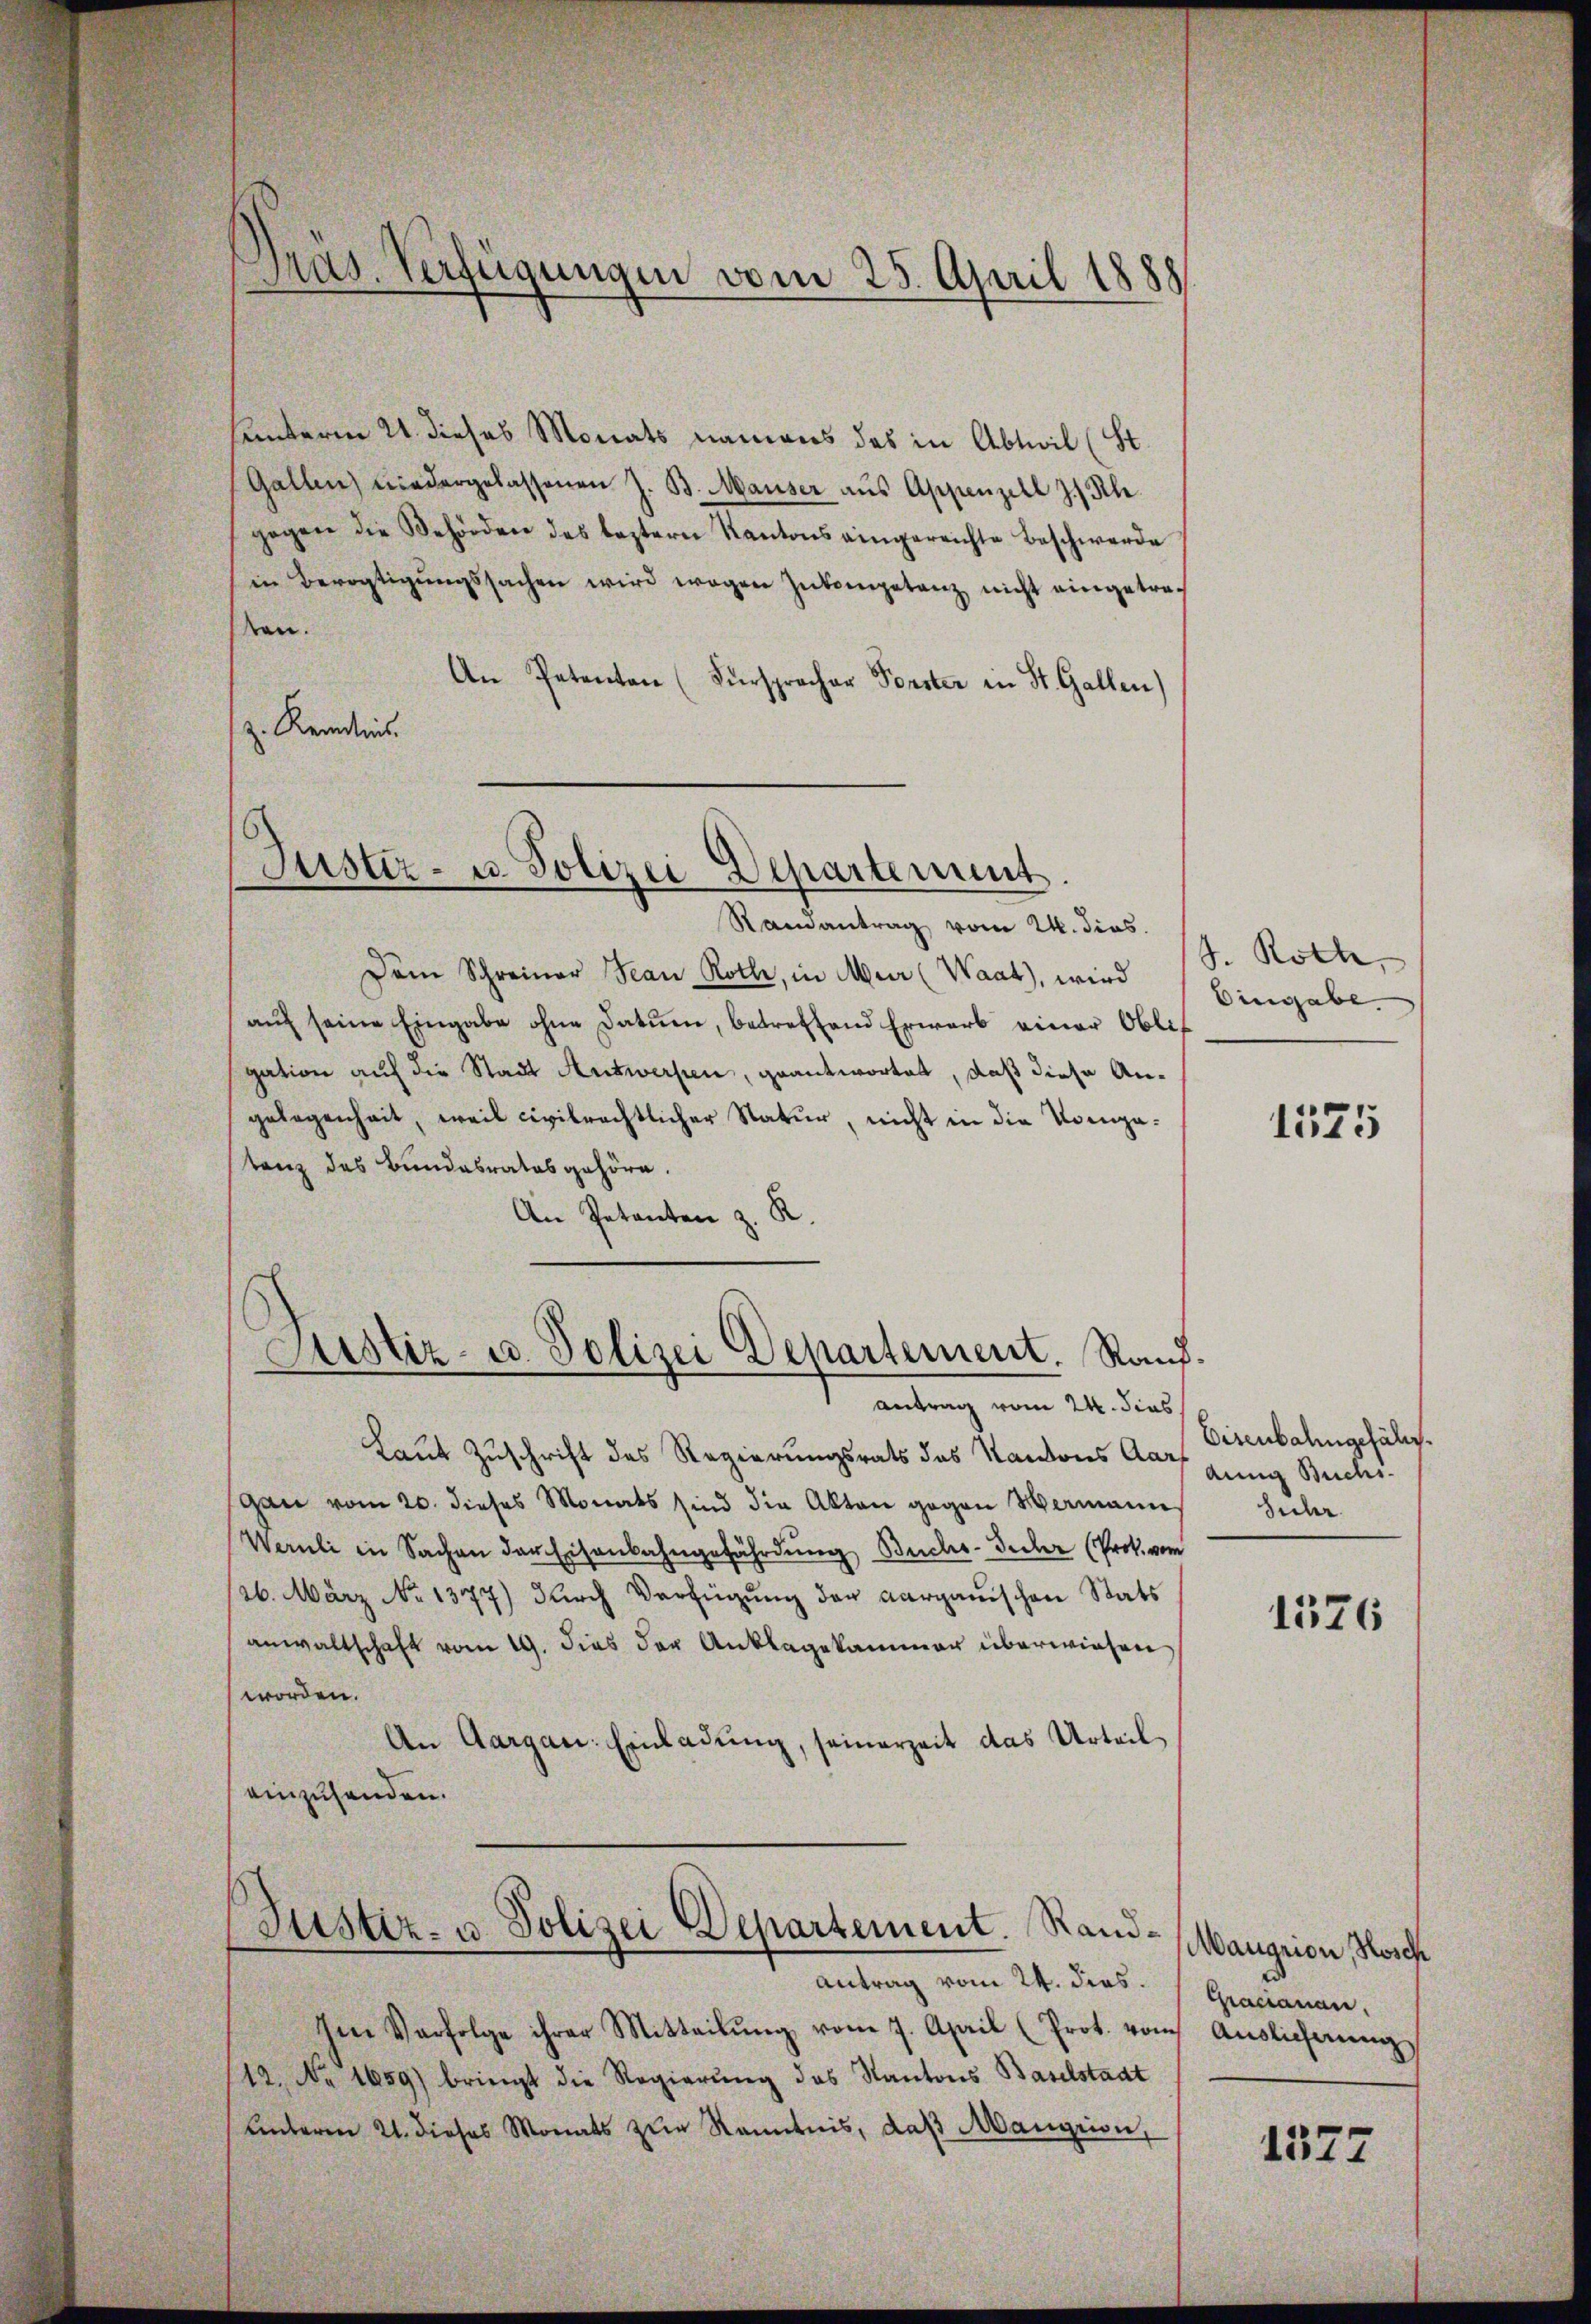
Präs. Verfügungen vom 25. April 1888
.

hunteren u. dieses Monats namens des in Abteil (St.
Gallen niedergelassenen Z. B. Mauser aŭs Appenzell z. Rh.
gegen die Behörden des leztern Kantons eingereichte Beschwerde
in Bevogtigŭngssachen wird wegen Inkompetenz nicht eingetrasen.
An Petenten (Fürspracher Forster in St. Gallen)
z. Kenntnis.

Jüster- u. Polizei Departement.
Randantrag vom 24. dies

Dem Schreiner Jean Roth, in Mur (Waat), wird
aŭf seine Eingabe ohne Datum, betreffend Erwarb einer Obligation auf die Stadt Antwerfen, geantwortet, daß diese Angelegenheit, weil civilrechtlicher Natur, nicht in die Kompatanz des Bundesrates gehöre.
.
An Petenten z.

Justiz- u. Polizei Departement. Randantrag vom 24. dies

(Justiz- u. Polizei Departement. Rand¬
Antrag vom 24. dies.

Laut Zuschrift des Regierungsrats des Kantons Aar
Gan vom 20. dieses Monats sind die Akten gegen Wermann
Wernli in Sachen der Eisenbahngefährdung Buchs-Fedler (Prok. vom
/26. März No 1377) dŭrch Verfügŭng der Aargauischen Stats
anwaltschaft vom 19. dies der Anklagekammer überwiesen
worden.
An Aargau: Einladung, seinerzeit das Urteil
einzusenden.

Im Verfolge ihrer Mitteilŭng vom 7. April (Prot. vom Auslichnŭng
12. No 1659) bringt die Regierŭng des Kantons Baselstadt
unterm 21. dieses Monats zur Kenntnis, daß Mangrion,

J. Roth
Eingabe

1575

Eisenbahngefällt.
dung Buchs-
Suhr

1576

Maugrion, Hosche
Gracianan.

1577